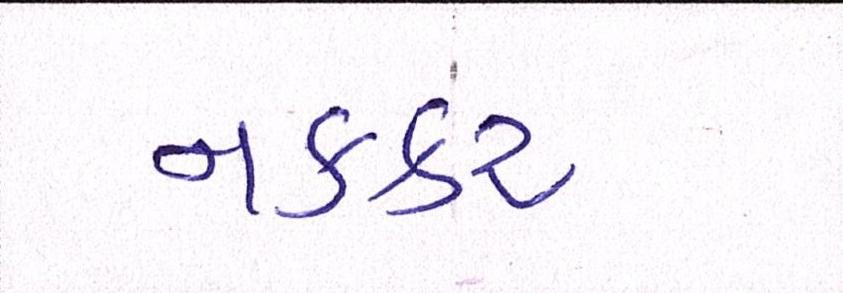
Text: નકકર